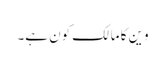
وین کا مالک کون ہے۔